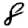
Digit: 8